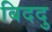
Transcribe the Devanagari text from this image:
बिददु